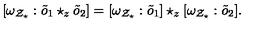
[ \omega _ { { \cal Z } _ { \star } } : \tilde { o } _ { 1 } \star _ { z } \tilde { o } _ { 2 } ] = [ \omega _ { { \cal Z } _ { \star } } : \tilde { o } _ { 1 } ] \star _ { z } [ \omega _ { { \cal Z } _ { \star } } : \tilde { o } _ { 2 } ] .